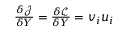
\begin{array} { r } { \frac { \delta \mathcal { J } } { \delta Y } = \frac { \delta \mathcal { L } } { \delta Y } = v _ { i } u _ { i } } \end{array}